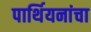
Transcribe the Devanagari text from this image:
पार्थियनांचा